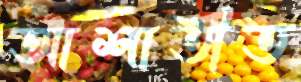
আশাতীত